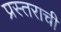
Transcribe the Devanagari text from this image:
प्रस्तराची